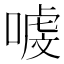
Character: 㗔